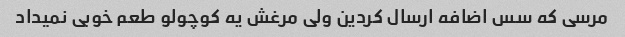
مرسی که سس اضافه ارسال کردین ولی مرغش یه کوچولو طعم خوبی نمیداد